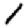
Digit: 1